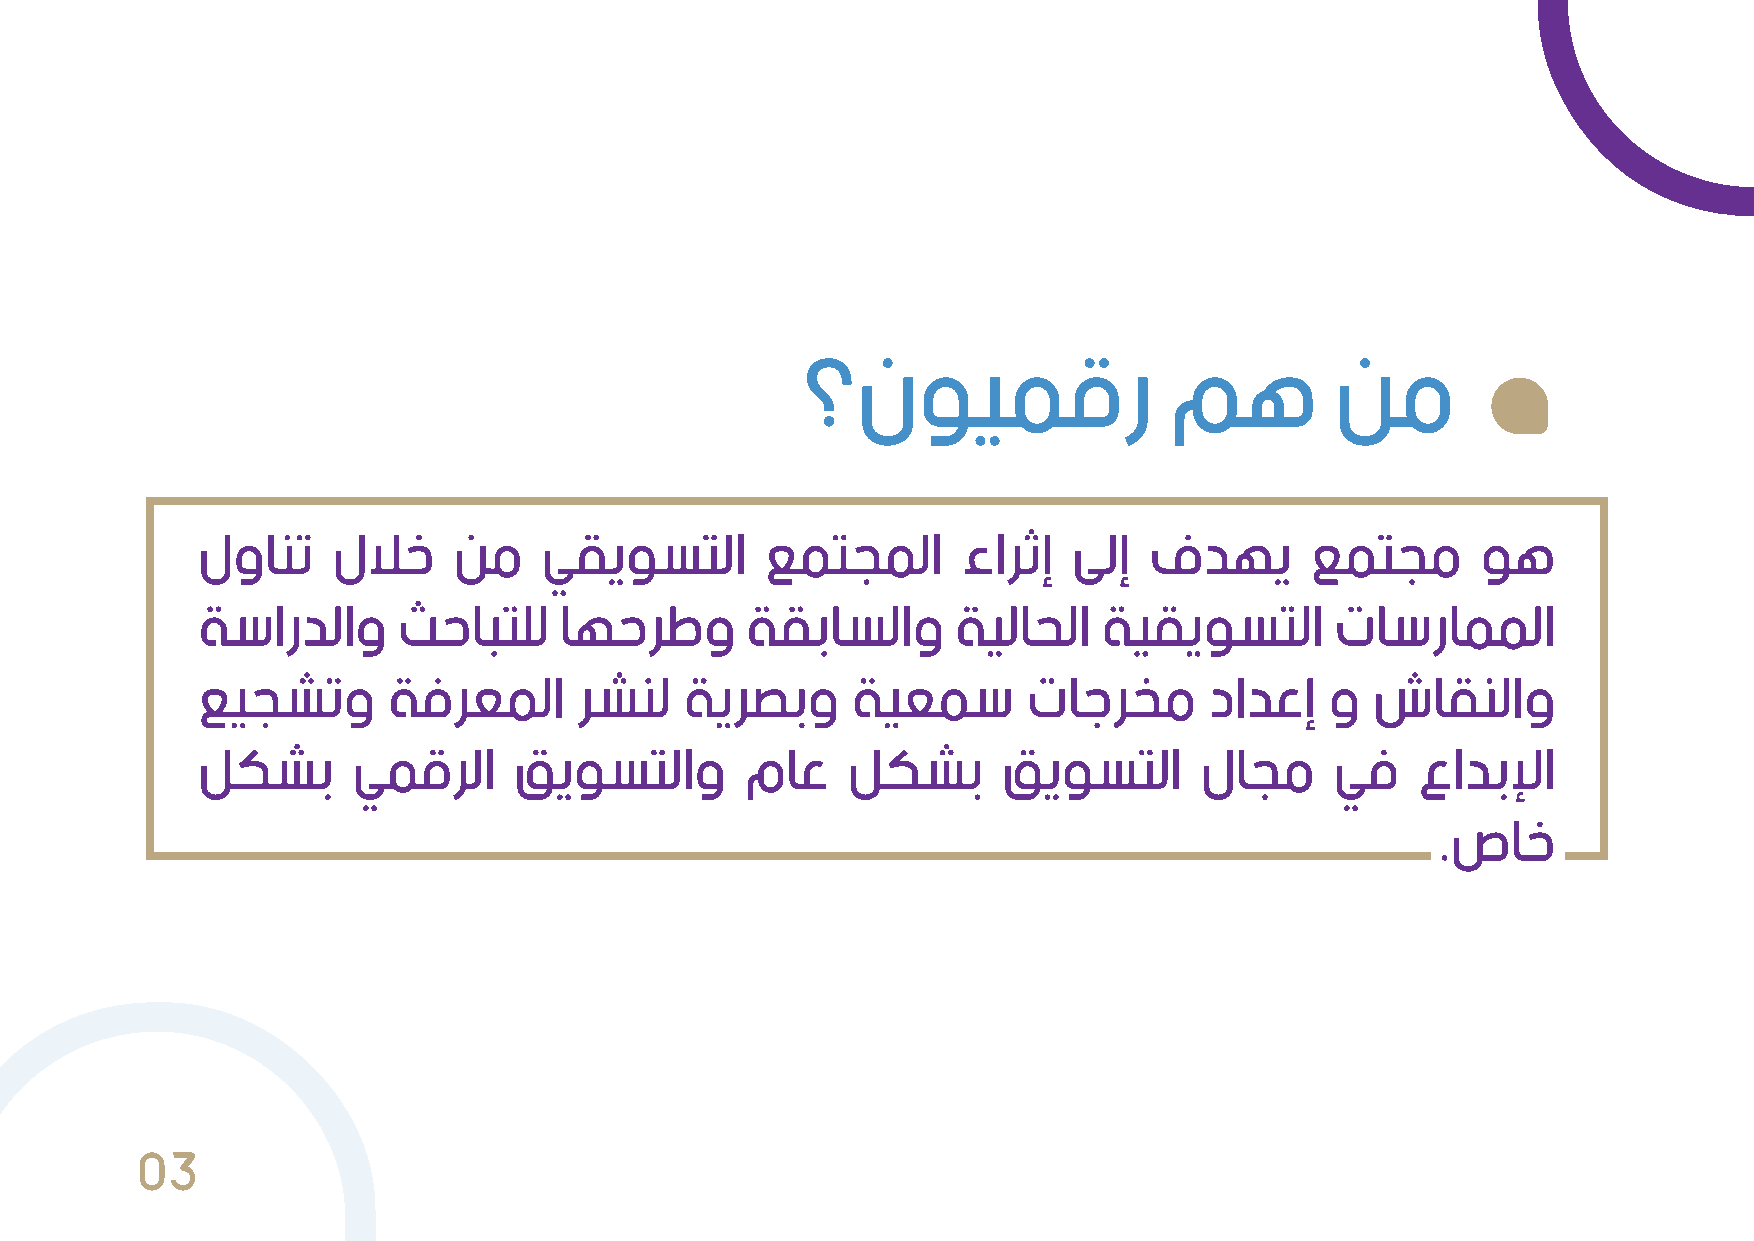
؟ﻥﻮﻴﻤﻗﺭ                 ﻢﻫ         ﻦﻣ
 ﻝﻭﺎﻨﺗ    ﻝﻼﺧ     ﻦﻣ    ﻲﻘﻳﻮﺴﺘﻟﺍ       ﻊﻤﺘﺠﻤﻟﺍ      ﺀﺍﺮﺛﺇ  ﻰﻟﺇ  ﻑﺪﻬﻳ       ﻊﻤﺘﺠﻣ      ﻮﻫ
 ﺔﺳﺍﺭﺪﻟﺍﻭ     ﺚﺣﺎﺒﺘﻠﻟ    ﺎﻬﺣﺮﻃﻭ      ﺔﻘﺑﺎﺴﻟﺍﻭ      ﺔﻴﻟﺎﺤﻟﺍ   ﺔﻴﻘﻳﻮﺴﺘﻟﺍ      ﺕﺎﺳﺭﺎﻤﻤﻟﺍ
 ﻊﻴﺠﺸﺗﻭ       ﺔﻓﺮﻌﻤﻟﺍ     ﺮﺸﻨﻟ   ﺔﻳﺮﺼﺑﻭ     ﺔﻴﻌﻤﺳ       ﺕﺎﺟﺮﺨﻣ      ﺩﺍﺪﻋﺇ   ﻭ  ﺵﺎﻘﻨﻟﺍﻭ
 ﻞﻜﺸﺑ      ﻲﻤﻗﺮﻟﺍ     ﻖﻳﻮﺴﺘﻟﺍﻭ       ﻡﺎﻋ    ﻞﻜﺸﺑ      ﻖﻳﻮﺴﺘﻟﺍ      ﻝﺎﺠﻣ     ﻲﻓ    ﻉﺍﺪﺑﻹﺍ
 .ﺹﺎﺧ
 03